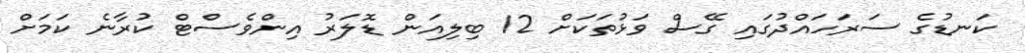
ކަނޑުގެ ސަރަހައްދުގައި ގޭސް ވަޅުތަކަށް 12 ބިލިއަން ޑޮލަރު އިންވެސްޓް ކުރާނެ ކަމަށް